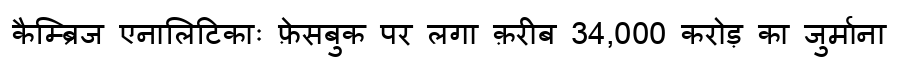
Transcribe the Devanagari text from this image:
कैम्ब्रिज एनालिटिकाः फ़ेसबुक पर लगा क़रीब 34,000 करोड़ का जुर्माना